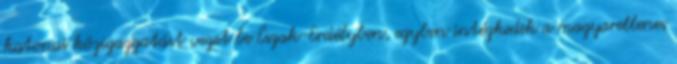
katonai közigazgatást vezet be Észak-Erdélyben, egyben intézkedik a magyarellenes